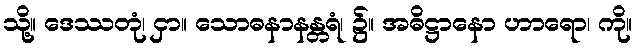
သို့။ ဒေဿတုံ၊ ငှာ။ သောဓနာနန္တရံ၊ ၌။ အဓိဋ္ဌာနော ဟာရော၊ ကို။